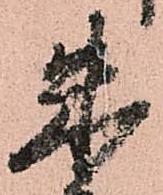
朱